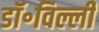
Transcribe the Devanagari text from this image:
डॉ॰विल्ली